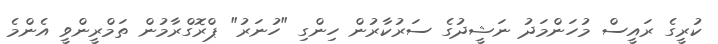
ކުރީގެ ރައީސް މުހަންމަދު ނަޝީދުގެ ސަރުކާރުން ހިންގި "ހުނަރު" ޕްރޮގްރާމުން ތަމްރީންވީ އެންމެ